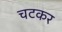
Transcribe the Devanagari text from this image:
चटकर